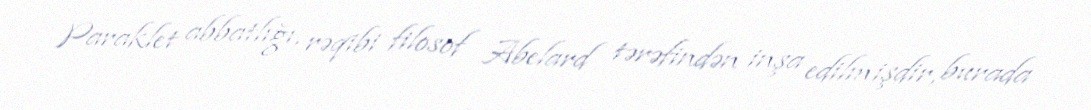
Paraklet abbatlığı, rəqibi filosof Abelard tərəfindən inşa edilmişdir, burada